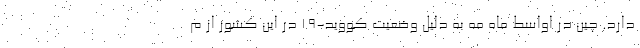
دارد. چین در اواسط ماه مه به دلیل وضعیت کووید-۱۹ در این کشور از م